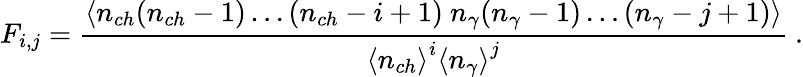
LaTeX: F_{i,j}=\frac{\left<n_{ch}(n_{ch}-1)\ldots(n_{ch}-i+1)~n_{\gamma}(n_{\gamma}-1)\ldots(n_{\gamma}-j+1)\right>}{\left<n_{ch}\right>^{i}\left<n_{\gamma}\right>^{j}}\ .